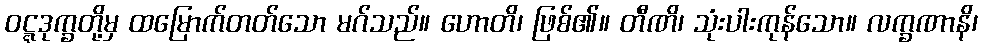
ဝဋ္ဋဒုက္ခတို့မှ ထမြောက်တတ်သော မဂ်သည်။ ဟောတိ၊ ဖြစ်၏။ တီဏိ၊ သုံးပါးကုန်သော။ လက္ခဏာနိ၊